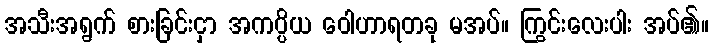
အသီးအရွက် စားခြင်းငှာ အကပ္ပိယ ဝေါဟာရတခု မအပ်။ ကြွင်းလေးပါး အပ်၏။